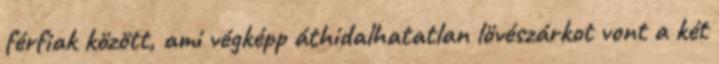
férfiak között, ami végképp áthidalhatatlan lövészárkot vont a két